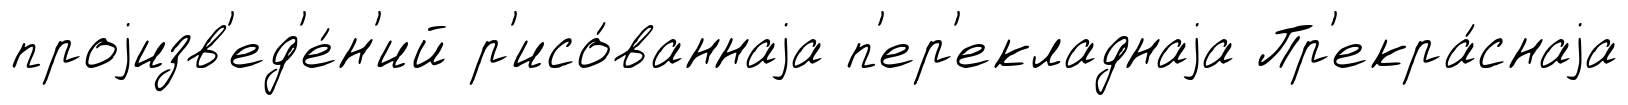
проjизв'ед'е́н'ий р'исо́ваннаjа п'ер'екладнаjа Пр'екра́снаjа